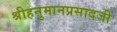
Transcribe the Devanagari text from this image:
श्रीहनुमानप्रसादजी